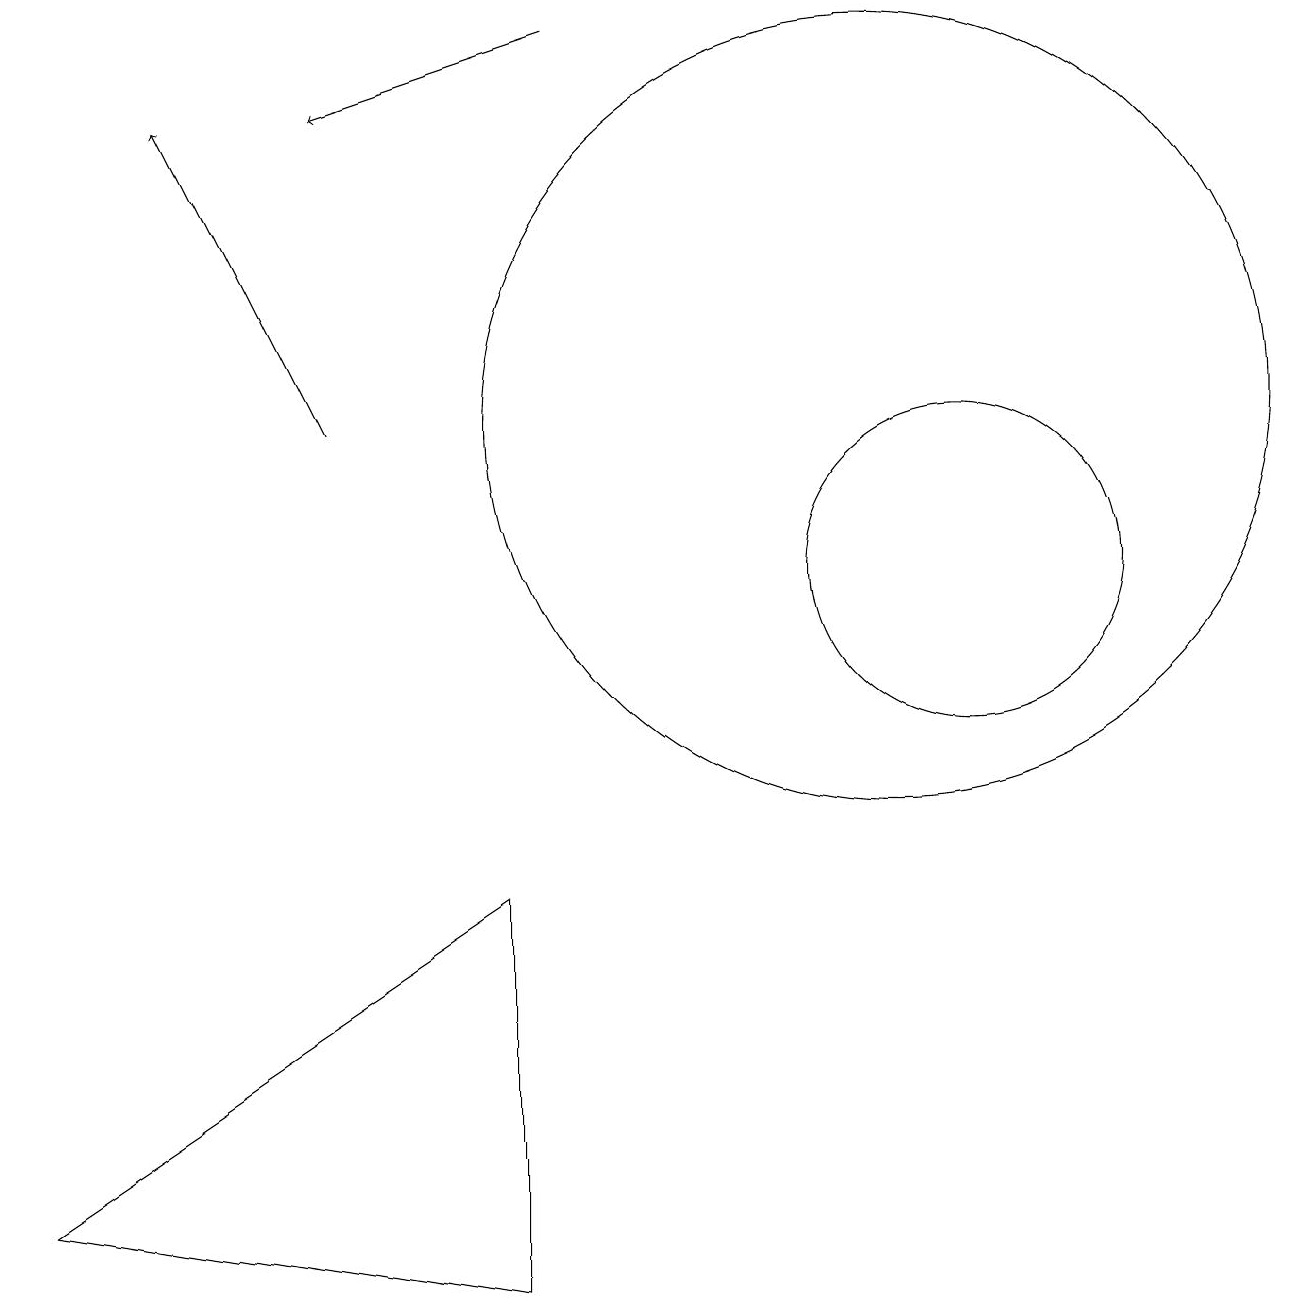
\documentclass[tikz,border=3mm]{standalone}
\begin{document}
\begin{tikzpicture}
\draw[->] (7,17) -- (4,16);
\draw (6,1) -- (0,2) -- (6,6) -- cycle;
\draw (12,10) circle (2);
\draw (11,12) circle (5);
\draw[->] (4,12) -- (2,16);
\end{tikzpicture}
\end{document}